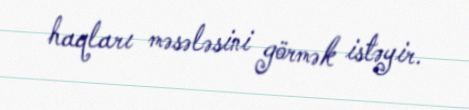
haqları məsələsini görmək istəyir.